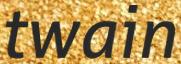
twain